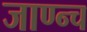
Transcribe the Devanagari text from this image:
जाण्न्च